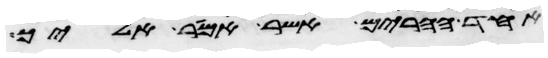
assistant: אחד ההרים אשר אמר אליך